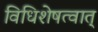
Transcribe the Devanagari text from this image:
विधिशेषत्वात्